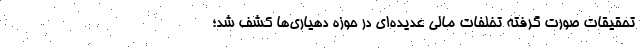
تحقیقات صورت گرفته تخلفات مالی عدیده‌ای در حوزه دهیاری‌ها کشف شد؛